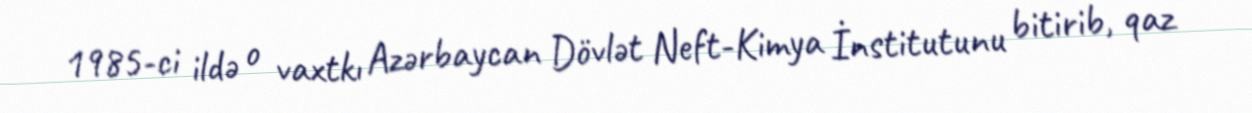
1985-ci ildə o vaxtkı Azərbaycan Dövlət Neft-Kimya İnstitutunu bitirib, qaz